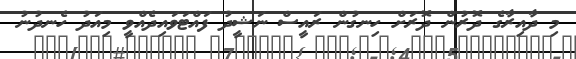
މި ދާއިރާގެ ދޮރުން ދޮރަށް ހިނގުން ރައީސް ނަޝީދު ފައްޓަވައިދެއްވީ މިއަދު ހެނދުނު